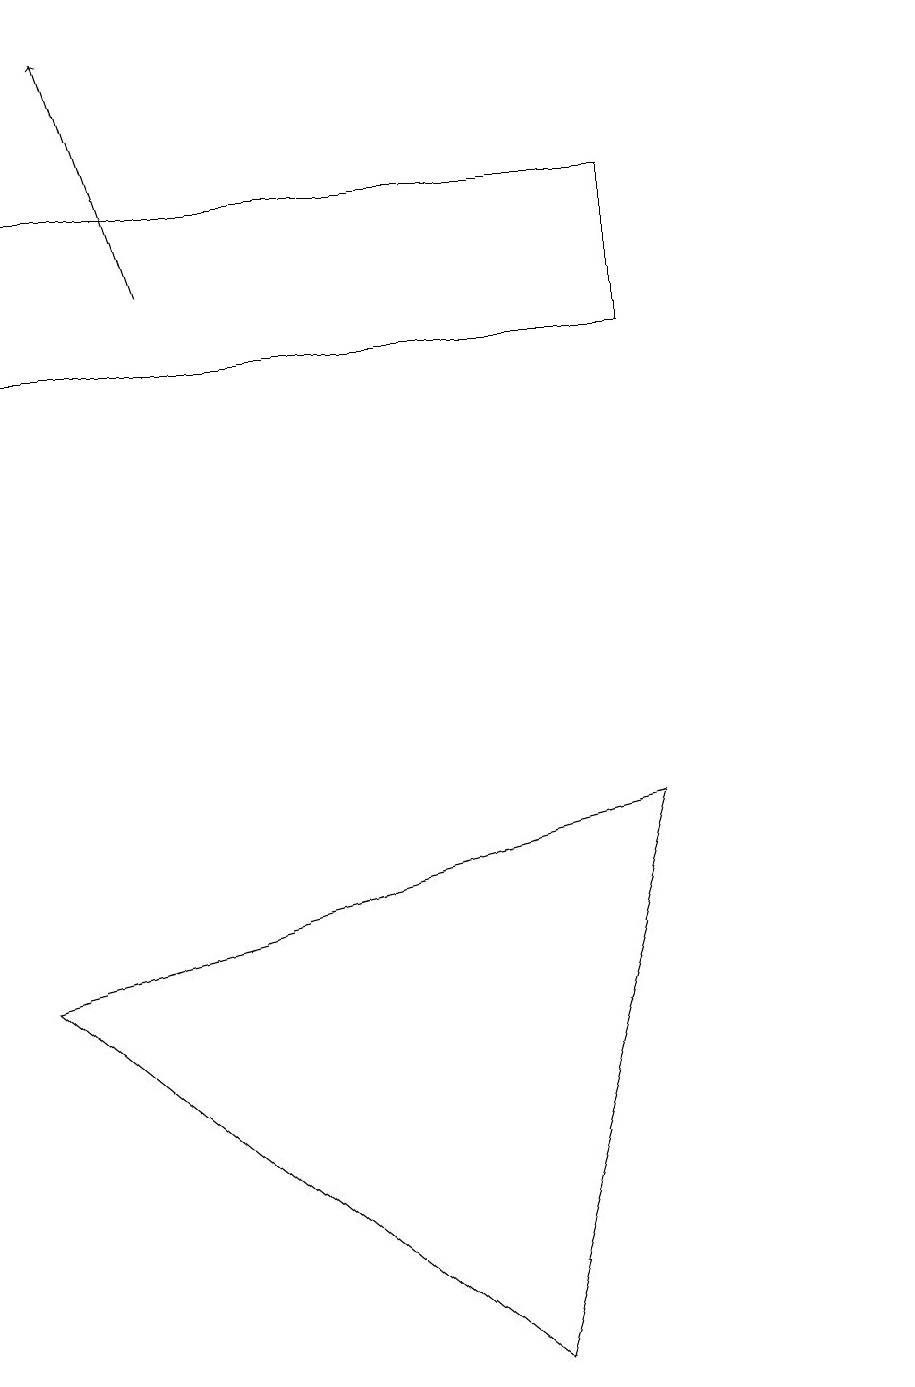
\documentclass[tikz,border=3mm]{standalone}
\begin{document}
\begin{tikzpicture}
\draw[->] (3,16) -- (2,19);
\draw (12,10) circle (0);
\draw (7,2) -- (1,7) -- (9,9) -- cycle;
\draw (1,15) rectangle (9,17);
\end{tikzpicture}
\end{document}